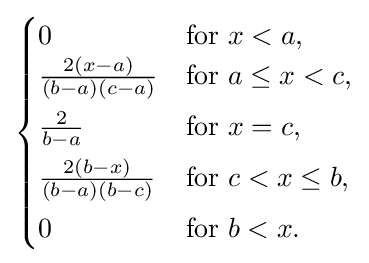
{\begin{cases}0&{\text{for }}x<a,\\{\frac {2(x-a)}{(b-a)(c-a)}}&{\text{for }}a\leq x<c,\\[4pt]{\frac {2}{b-a}}&{\text{for }}x=c,\\[4pt]{\frac {2(b-x)}{(b-a)(b-c)}}&{\text{for }}c<x\leq b,\\[4pt]0&{\text{for }}b<x.\end{cases}}